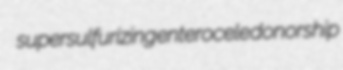
supersulfurizing enterocele donorship